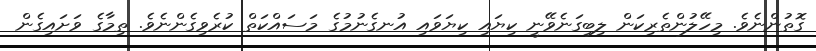
ގޮތުންނެވެ. މިހޭލުންތެރިކަން ލިބިގަނެވޭނީ ކިޔައި ކިޔަވައި އުނގެނުމުގެ މަސައްކަތް ކުރެވިގެންނެވެ. ތިމާގެ ވަށައިގެން